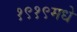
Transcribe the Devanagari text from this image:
१९१९मधे